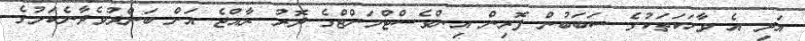
އަދި އެ ވާހަކަތަކުގެ ސަބަބުން ފޮރިން އިންވެސްޓްމަންޓްގެ ދޮރު ރާއްޖެ އަށް ބަންދުވެދާނެކަމުގެ